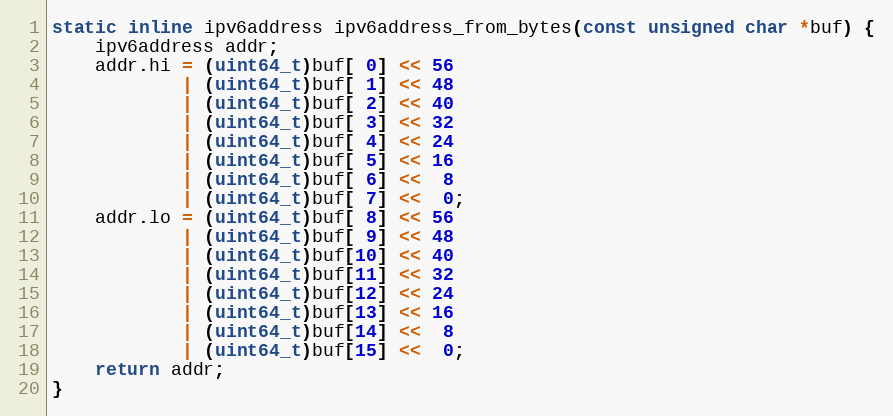
Language: C
static inline ipv6address ipv6address_from_bytes(const unsigned char *buf) {
    ipv6address addr;
    addr.hi = (uint64_t)buf[ 0] << 56
            | (uint64_t)buf[ 1] << 48
            | (uint64_t)buf[ 2] << 40
            | (uint64_t)buf[ 3] << 32
            | (uint64_t)buf[ 4] << 24
            | (uint64_t)buf[ 5] << 16
            | (uint64_t)buf[ 6] <<  8
            | (uint64_t)buf[ 7] <<  0;
    addr.lo = (uint64_t)buf[ 8] << 56
            | (uint64_t)buf[ 9] << 48
            | (uint64_t)buf[10] << 40
            | (uint64_t)buf[11] << 32
            | (uint64_t)buf[12] << 24
            | (uint64_t)buf[13] << 16
            | (uint64_t)buf[14] <<  8
            | (uint64_t)buf[15] <<  0;
    return addr;
}